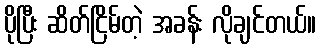
ပိုပြီး ဆိတ်ငြိမ်တဲ့ အခန်း လိုချင်တယ်။